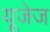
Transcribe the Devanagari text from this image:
यूजेज